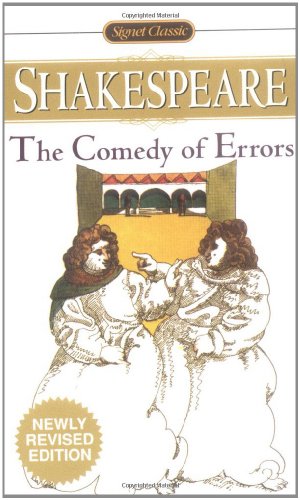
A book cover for The Comedy of Errors (Signet Classics); William Shakespeare; Literature & Fiction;